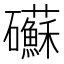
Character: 𥗹